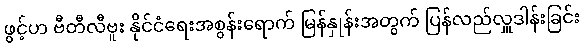
ဖွင့်ဟ ဗီတီလီဗူး နိုင်ငံရေးအစွန်းရောက် မြန်နှုန်းအတွက် ပြန်လည်လှူဒါန်းခြင်း